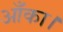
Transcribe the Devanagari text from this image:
आँका।